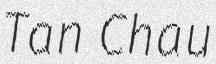
Tan Chau